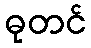
ဓုတင်